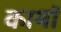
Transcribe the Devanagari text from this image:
कामॉ